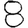
Digit: 8